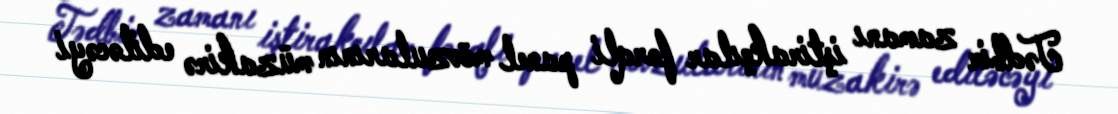
Tədbir zamanı iştirakçılar fərqli panel mövzularının müzakirə ediləcəyi